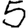
Digit: 5